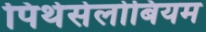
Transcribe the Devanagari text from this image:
पिथेसेलोबियम